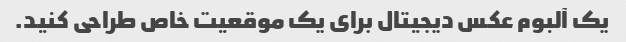
یک آلبوم عکس دیجیتال برای یک موقعیت خاص طراحی کنید.